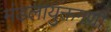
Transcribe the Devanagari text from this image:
मंडलायुक्तगणों